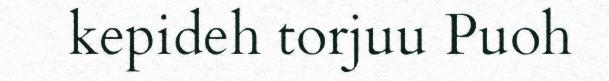
kepideh torjuu Puoh